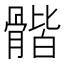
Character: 𩩰